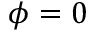
\phi = 0